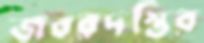
জবরদস্তির